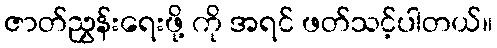
ဇာတ်ညွှန်းရေးဖို့ ကို အရင် ဖတ်သင့်ပါတယ်။